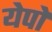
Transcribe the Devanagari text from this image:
येपो